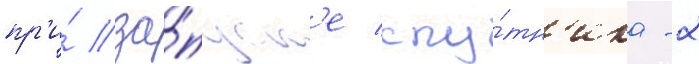
пр'и́ за́пуск'е спу́тн'ика -2